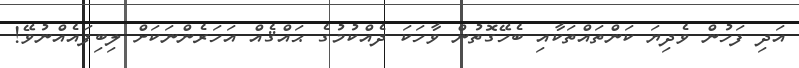
އަދި ފަހުން ވެދިޔަ ކަންތައްތަކާއި ބެހޭގޮތުން ވާހަކަ ދެއްކުމުގެ ޙައްޤެއް އަހަރެންނަކަށް ލިބިފައެއްނުވޭ!